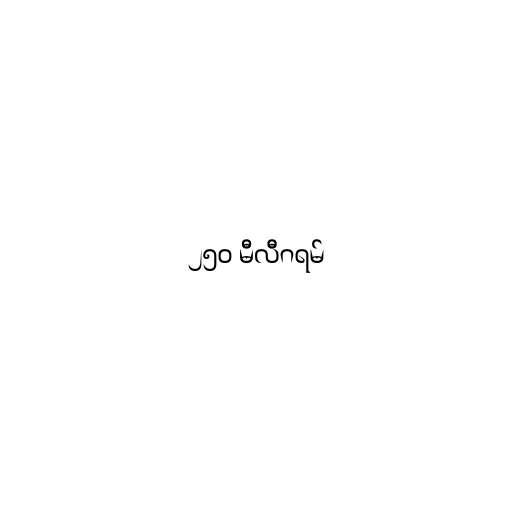
၂၅၀ မီလီဂရမ်